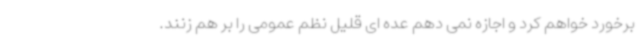
برخورد خواهم کرد و اجازه نمی دهم عده ای قلیل نظم عمومی را بر هم زنند.